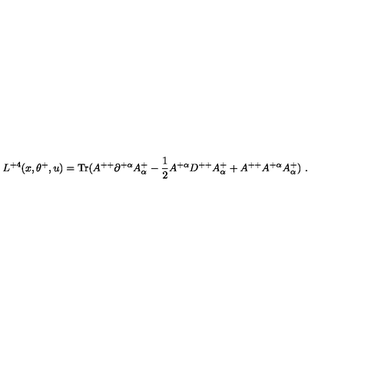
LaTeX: L ^ { + 4 } ( x , \theta ^ { + } , u ) = \mathrm { T r } ( A ^ { + + } \partial ^ { + \alpha } A _ { \alpha } ^ { + } - { \frac { 1 } { 2 } } A ^ { + \alpha } D ^ { + + } A _ { \alpha } ^ { + } + A ^ { + + } A ^ { + \alpha } A _ { \alpha } ^ { + } ) \ .